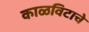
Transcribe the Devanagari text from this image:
काळविटाचे